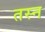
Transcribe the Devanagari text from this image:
तस्न